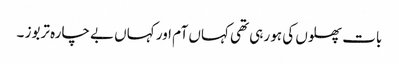
بات پھلوں کی ہو رہی تھی کہاں آم اور کہاں بے چارہ تربوز ۔